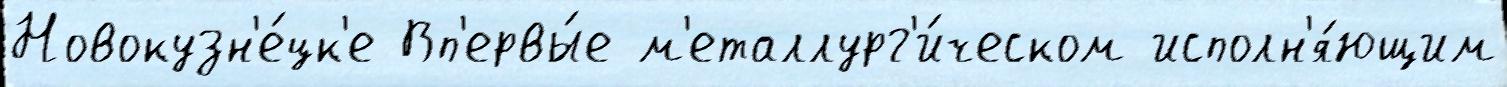
Новокузн'е́цк'е Вп'ервы́е м'еталлург'и́ческом исполн'я́ющим